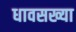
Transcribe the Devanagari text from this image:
धावसख्या